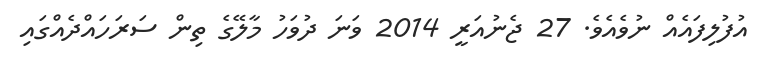
އުފުލިފައެއް ނުވެއެވެ. 27 ޖެނުއަރީ 2014 ވަނަ ދުވަހު މާލޭގެ ތިން ސަރަހައްދެއްގައި